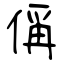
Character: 偁